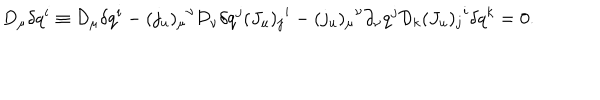
LaTeX: D _ { \mu } \delta q ^ { i } \equiv { \cal D } _ { \mu } \delta q ^ { i } - { ( j _ { u } ) _ { \mu } } ^ { \nu } { \cal D } _ { \nu } \delta q ^ { j } { ( J _ { u } ) _ { j } } ^ { i } - { ( j _ { u } ) _ { \mu } } ^ { \nu } \partial _ { \nu } q ^ { j } { \cal D } _ { k } { ( J _ { u } ) _ { j } } ^ { i } \delta q ^ { k } = 0 .